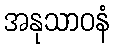
အနုသာဝနံ